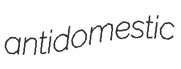
antidomestic